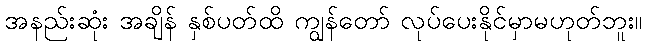
အနည်းဆုံး အချိန် နှစ်ပတ်ထိ ကျွန်တော် လုပ်ပေးနိုင်မှာမဟုတ်ဘူး။